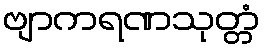
ဗျာကရဏသုတ္တံ